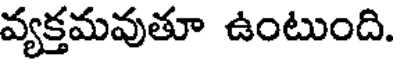
వ్యక్తమవుతూ ఉంటుంది.